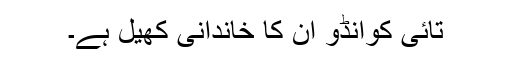
تائی کوانڈو ان کا خاندانی کھیل ہے۔